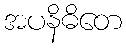
အပနိဓိတေ